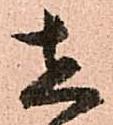
在